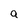
Character: a